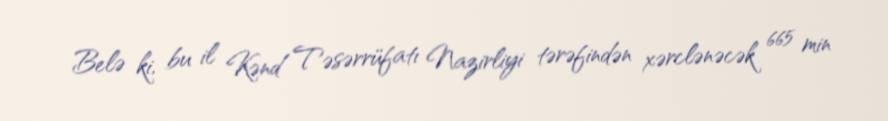
Belə ki, bu il Kənd Təsərrüfatı Nazirliyi tərəfindən xərclənəcək 665 min